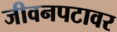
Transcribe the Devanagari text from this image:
जीवनपटावर